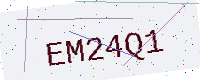
Text: EM24Q1